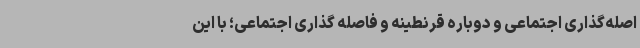
اصله‌گذاری اجتماعی و دوباره قرنطینه و فاصله گذاری اجتماعی؛ با این